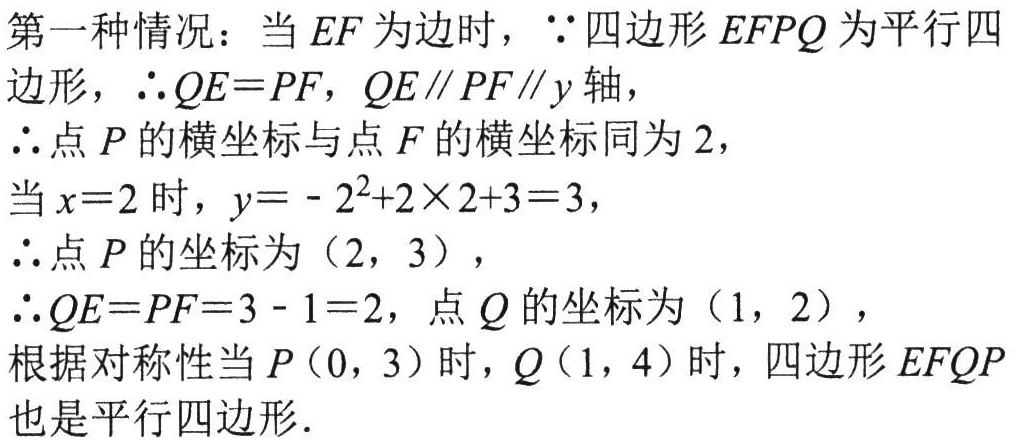
第一种情况：当 \(EF\) 为边时，\(\because\)四边形 \(EFPQ\) 为平行四边形，\(\therefore QE = PF\)，\(QE\parallel PF\parallel y\) 轴，
\(\therefore\)点 \(P\) 的横坐标与点 \(F\) 的横坐标同为 \(2\)，
当 \(x = 2\) 时，\(y=-2^{2}+2\times 2 + 3 = 3\)，
\(\therefore\)点 \(P\) 的坐标为 \((2,3)\)，
\(\therefore QE = PF = 3 - 1 = 2\)，点 \(Q\) 的坐标为 \((1,2)\)，
根据对称性当 \(P(0,3)\) 时，\(Q(1,4)\) 时，四边形 \(EFQP\) 也是平行四边形．